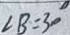
\angle B = 3 0 ^ { \circ }